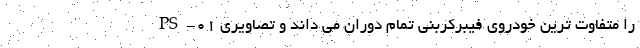
PS-01 را متفاوت ترین خودروی فیبرکربنی تمام دوران می داند و تصاویری